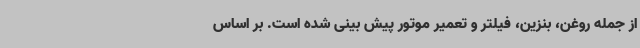
از جمله روغن، بنزین، فیلتر و تعمیر موتور پیش بینی شده است. بر اساس